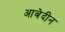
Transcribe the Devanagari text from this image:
आबेदीन